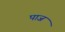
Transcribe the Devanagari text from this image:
पाज